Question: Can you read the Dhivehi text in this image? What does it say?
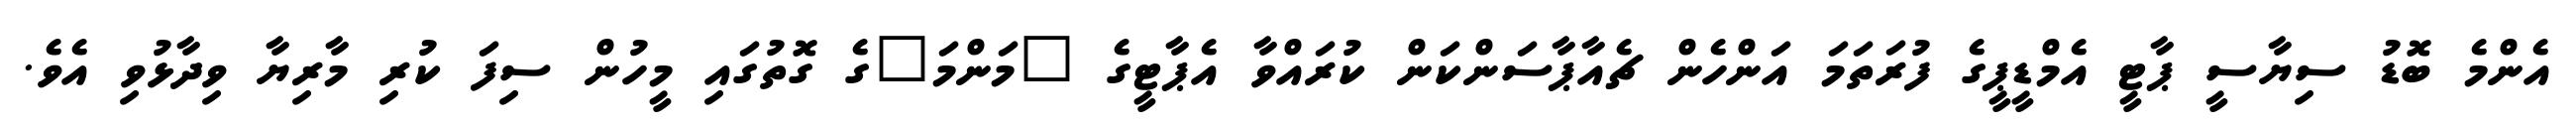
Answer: އެންމެ ބޮޑު ސިޔާސީ ޕާޓީ އެމްޑީޕީގެ ފުރަތަމަ އަންހެން ޗެއާޕާސަންކަން ކުރައްވާ އެޕާޓީގެ "މަންމަ"ގެ ގޮތުގައި މީހުން ސިފަ ކުރި މާރިޔާ ވިދާޅުވި އެވެ.